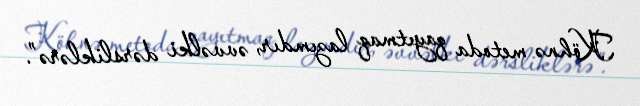
Köhnə metoda qayıtmaq lazımdır, əvvəlki dərsliklərə”.